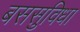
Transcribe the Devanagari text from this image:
बससुविधा